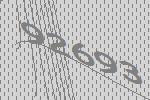
92693